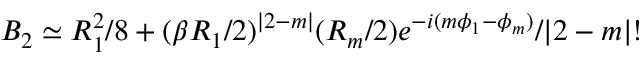
B _ { 2 } \simeq R _ { 1 } ^ { 2 } / 8 + ( \beta R _ { 1 } / 2 ) ^ { | 2 - m | } ( R _ { m } / 2 ) e ^ { - i ( m \phi _ { 1 } - \phi _ { m } ) } / | 2 - m | !